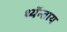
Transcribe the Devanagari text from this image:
थ्यॅन्ताय